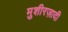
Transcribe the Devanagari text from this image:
मुशीरज़ादी